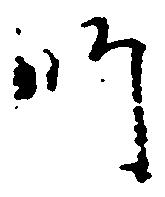
師